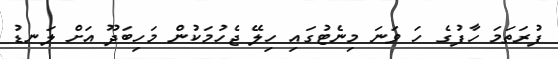
ފުރަތަމަ ހާފުގެ ހަ ވަނަ މިނެޓުގައި ހިލޭ ޖެހުމަކުން މަހިބަދޫ އަށް ލަނޑު